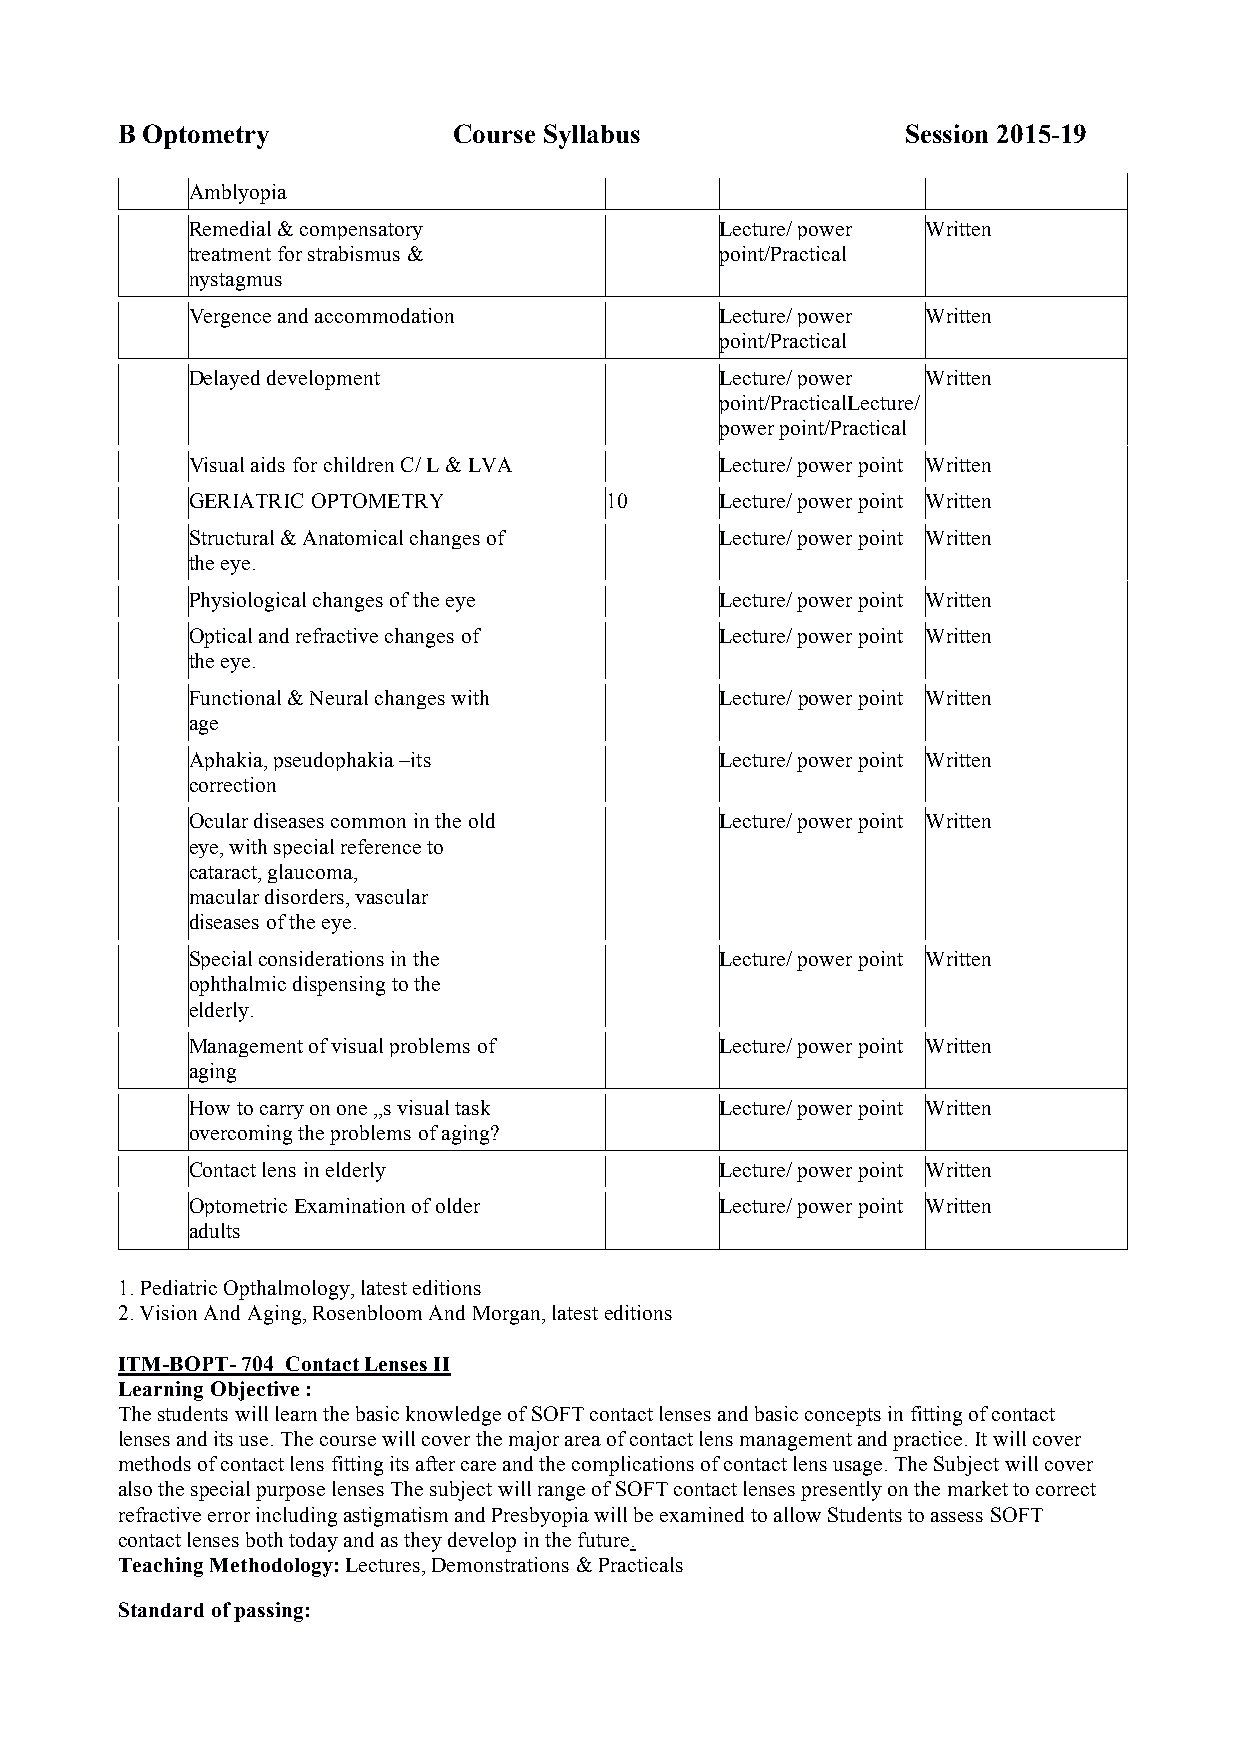
B Optometry           Course Syllabus               Session 2015-19
 Amblyopia
 Remedial & compensatory             Lecture/ power Written
 treatment for strabismus &          point/Practical
 nystagmus
 Vergence and accommodation          Lecture/ power Written
 point/Practical
 Delayed development                 Lecture/ power Written
 point/PracticalLecture/
 power point/Practical
 Visual aids for children C/ L & LVA Lecture/ power point Written
 GERIATRIC OPTOMETRY         10      Lecture/ power point Written
 Structural & Anatomical changes of  Lecture/ power point Written
 the eye.
 Physiological changes of the eye    Lecture/ power point Written
 Optical and refractive changes of   Lecture/ power point Written
 the eye.
 Functional & Neural changes with    Lecture/ power point Written
 age
 Aphakia, pseudophakia –its          Lecture/ power point Written
 correction
 Ocular diseases common in the old   Lecture/ power point Written
 eye, with special reference to
 cataract, glaucoma,
 macular disorders, vascular
 diseases of the eye.
 Special considerations in the       Lecture/ power point Written
 ophthalmic dispensing to the
 elderly.
 Management of visual problems of    Lecture/ power point Written
 aging
 How to carry on one „s visual task  Lecture/ power point Written
 overcoming the problems of aging?
 Contact lens in elderly             Lecture/ power point Written
 Optometric Examination of older     Lecture/ power point Written
 adults
 1. Pediatric Opthalmology, latest editions
 2. Vision And Aging, Rosenbloom And Morgan, latest editions
 ITM-BOPT- 704 Contact Lenses II
 Learning Objective :
 The students will learn the basic knowledge of SOFT contact lenses and basic concepts in fitting of contact
 lenses and its use. The course will cover the major area of contact lens management and practice. It will cover
 methods of contact lens fitting its after care and the complications of contact lens usage. The Subject will cover
 also the special purpose lenses The subject will range of SOFT contact lenses presently on the market to correct
 refractive error including astigmatism and Presbyopia will be examined to allow Students to assess SOFT
 contact lenses both today and as they develop in the future.
 Teaching Methodology: Lectures, Demonstrations & Practicals
 Standard of passing: